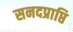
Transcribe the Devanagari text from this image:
सनदप्राप्ति